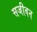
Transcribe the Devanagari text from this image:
सजीवन